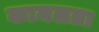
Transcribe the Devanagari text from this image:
कामलता